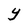
Character: Y